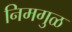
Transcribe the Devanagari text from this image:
निमगुळ